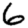
Digit: 6